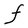
Character: F